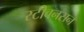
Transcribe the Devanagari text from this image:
स्टीवनसन